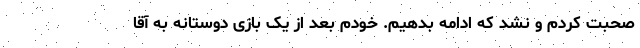
صحبت کردم و نشد که ادامه بدهیم. خودم بعد از یک بازی دوستانه به آقا